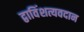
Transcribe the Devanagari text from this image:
द्वाविंशत्यवदान